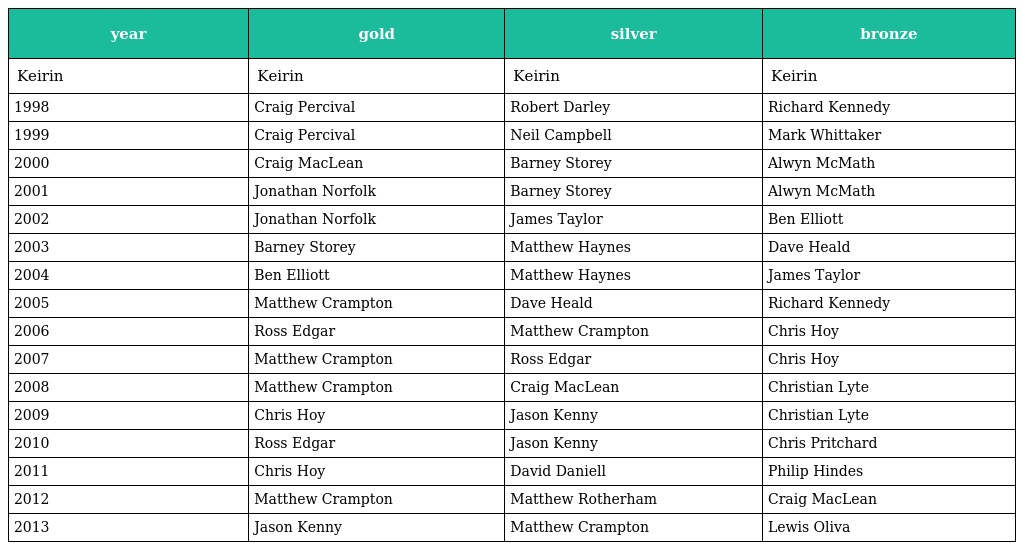
| year | gold | silver | bronze |
 | --- | --- | --- | --- |
 | Keirin | Keirin | Keirin | Keirin |
 | 1998 | Craig Percival | Robert Darley | Richard Kennedy |
 | 1999 | Craig Percival | Neil Campbell | Mark Whittaker |
 | 2000 | Craig MacLean | Barney Storey | Alwyn McMath |
 | 2001 | Jonathan Norfolk | Barney Storey | Alwyn McMath |
 | 2002 | Jonathan Norfolk | James Taylor | Ben Elliott |
 | 2003 | Barney Storey | Matthew Haynes | Dave Heald |
 | 2004 | Ben Elliott | Matthew Haynes | James Taylor |
 | 2005 | Matthew Crampton | Dave Heald | Richard Kennedy |
 | 2006 | Ross Edgar | Matthew Crampton | Chris Hoy |
 | 2007 | Matthew Crampton | Ross Edgar | Chris Hoy |
 | 2008 | Matthew Crampton | Craig MacLean | Christian Lyte |
 | 2009 | Chris Hoy | Jason Kenny | Christian Lyte |
 | 2010 | Ross Edgar | Jason Kenny | Chris Pritchard |
 | 2011 | Chris Hoy | David Daniell | Philip Hindes |
 | 2012 | Matthew Crampton | Matthew Rotherham | Craig MacLean |
 | 2013 | Jason Kenny | Matthew Crampton | Lewis Oliva |